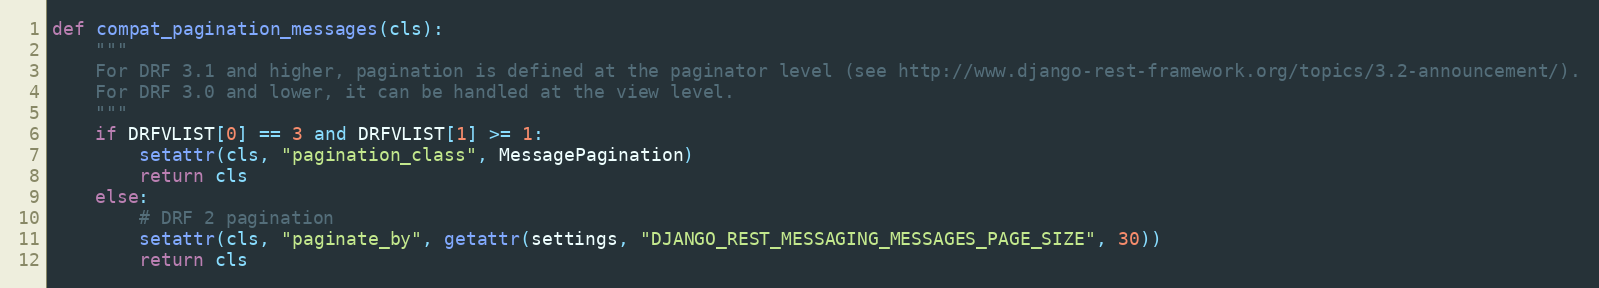
Language: Python
def compat_pagination_messages(cls):
    """
    For DRF 3.1 and higher, pagination is defined at the paginator level (see http://www.django-rest-framework.org/topics/3.2-announcement/).
    For DRF 3.0 and lower, it can be handled at the view level.
    """
    if DRFVLIST[0] == 3 and DRFVLIST[1] >= 1:
        setattr(cls, "pagination_class", MessagePagination)
        return cls
    else:
        # DRF 2 pagination
        setattr(cls, "paginate_by", getattr(settings, "DJANGO_REST_MESSAGING_MESSAGES_PAGE_SIZE", 30))
        return cls